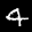
Label: 4